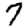
Digit: 7